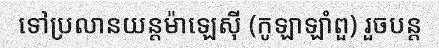
ទៅប្រលានយន្តម៉ាឡេស៊ី (កូឡាឡាំពួ) រួចបន្ត